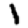
Digit: 1